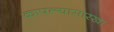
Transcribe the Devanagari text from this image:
कापल्यासारखा